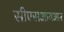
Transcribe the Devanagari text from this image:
सीएसआयआर